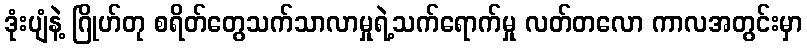
ဒုံးပျံနဲ့ ဂြိုဟ်တု စရိတ်တွေသက်သာလာမှုရဲ့သက်ရောက်မှု လတ်တလော ကာလအတွင်းမှာ